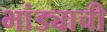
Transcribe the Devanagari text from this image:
भांड्याची